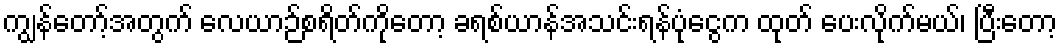
ကျွန်တော့်အတွက် လေယာဉ်စရိတ်ကိုတော့ ခရစ်ယာန်အသင်းရန်ပုံငွေက ထုတ် ပေးလိုက်မယ်၊ ပြီးတော့